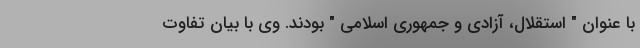
با عنوان " استقلال، آزادی و جمهوری اسلامی " بودند. وی با بیان تفاوت